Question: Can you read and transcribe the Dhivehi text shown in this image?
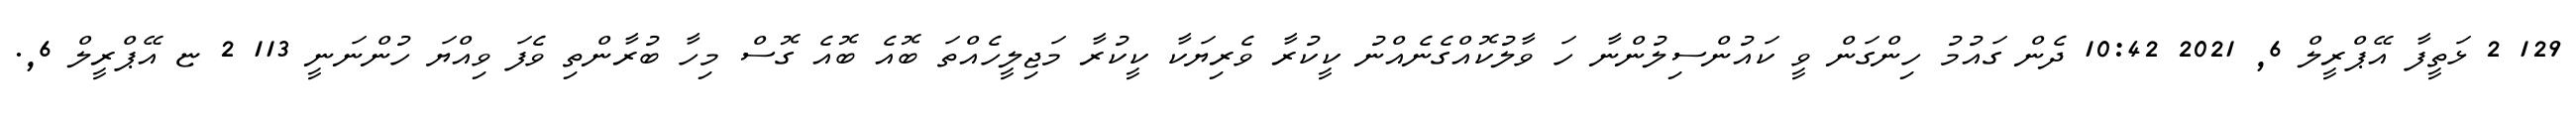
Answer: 129 2 ޅަތީފާ އޭޕްރީލް 6, 2021 10:42 ދެން ގައުމު ހިންގަން ވީ ކައުންސިލުންނާ ހަ ވާލުކޮއްގެނެއްނު ކީކުރާ ވެރިޔަކާ ކީކުރާ މަޖިލީހެއްތަ ބޮއެ ބޮއެ ގޮސް މިހާ ބުރާންތި ވެފަ ވިއްޔަ ހުންނަނީ 113 2 ޏ އޭޕްރީލް 6,.